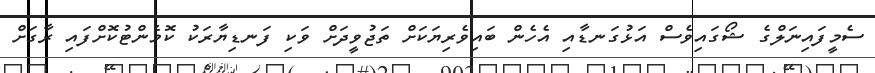
ސެމީފައިނަލްގެ ޝޯގައިވެސް އަޅުގަނޑާއި އެހެން ބައިވެރިޔަކަށް ތަޖުވީދަށް ވަކި ފަނޑިޔާރަކު ކޮމެންޓުކޮށްފައި ރާގަށް